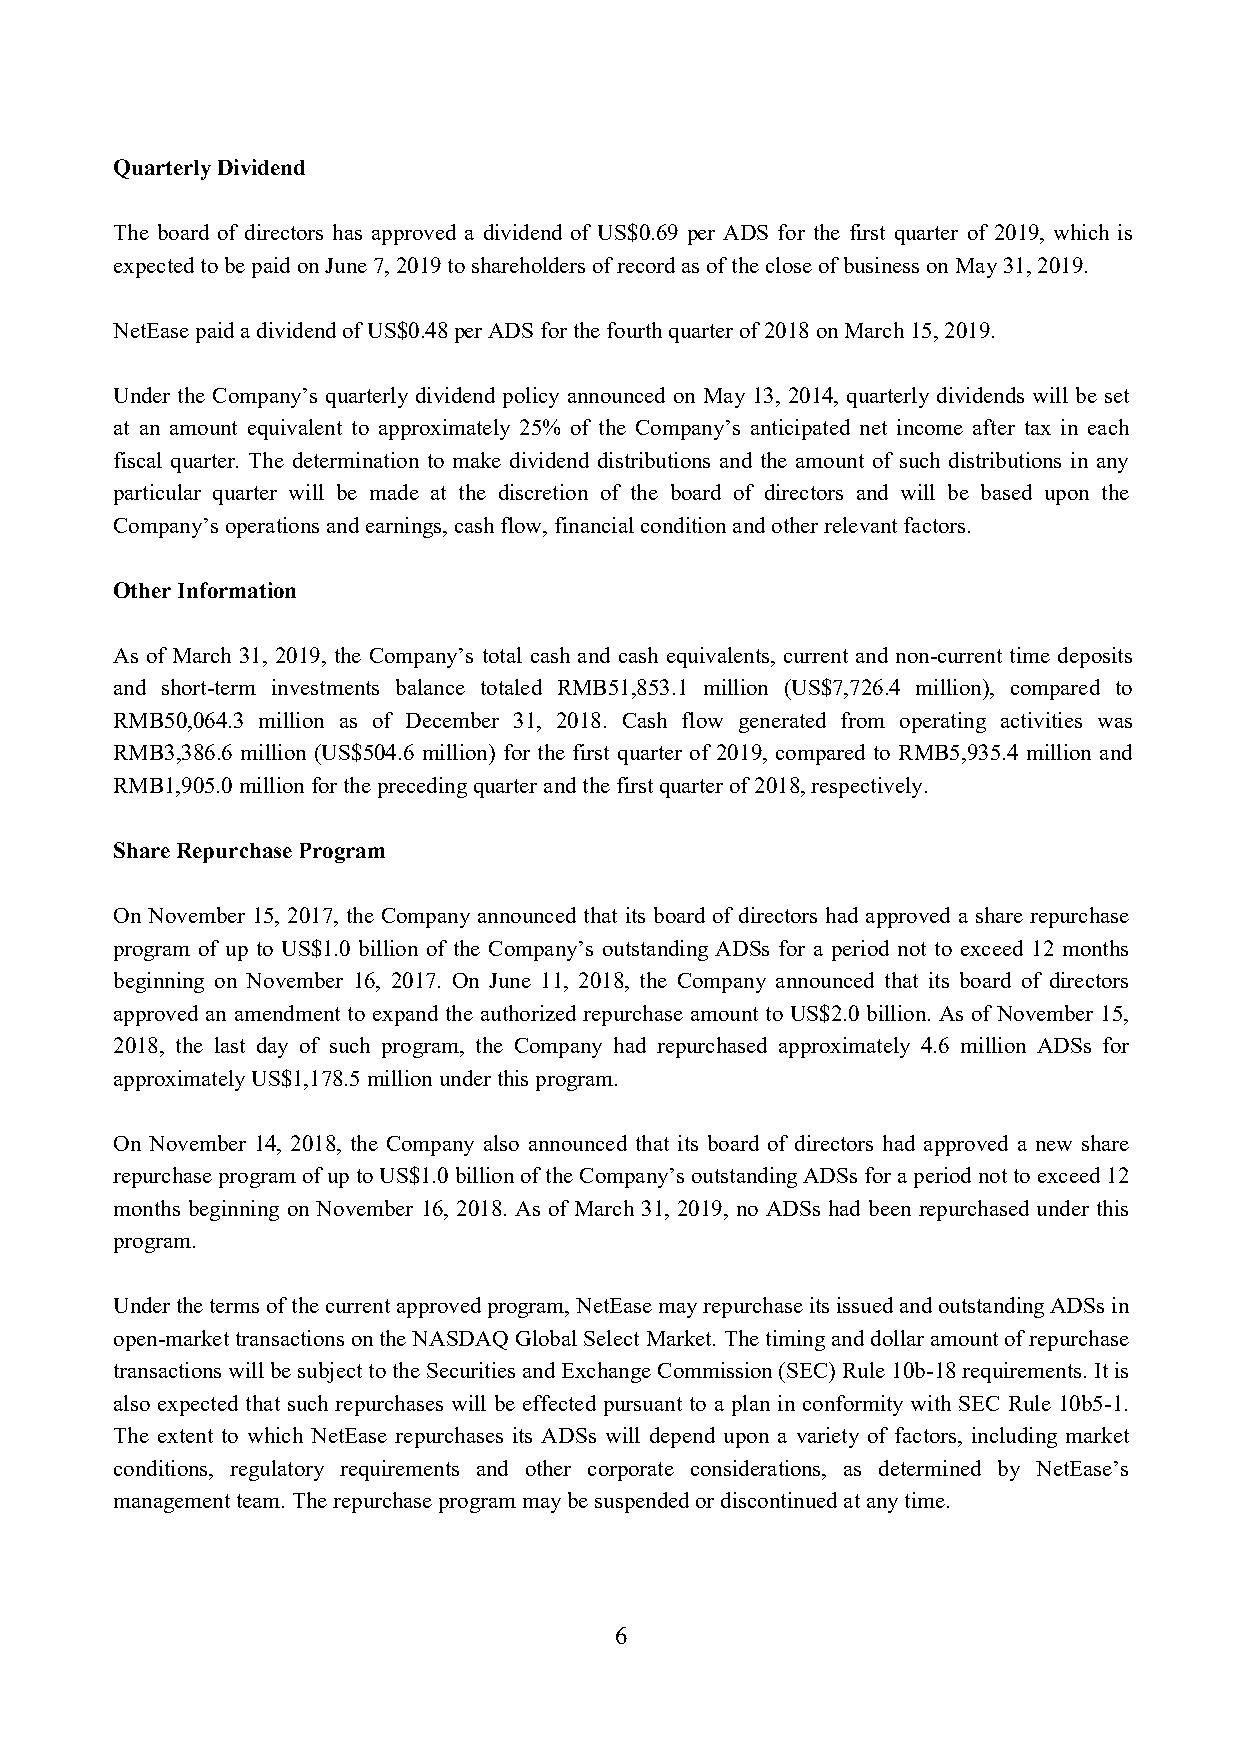
Quarterly Dividend
 The board of directors has approved a dividend of US$0.69 per ADS for the first quarter of 2019, which is
 expected to be paid on June 7, 2019 to shareholders of record as of the close of business on May 31, 2019.
 NetEase paid a dividend of US$0.48 per ADS for the fourth quarter of 2018 on March 15, 2019.
 Under the Company’s quarterly dividend policy announced on May 13, 2014, quarterly dividends will be set
 at an amount equivalent to approximately 25% of the Company’s anticipated net income after tax in each
 fiscal quarter. The determination to make dividend distributions and the amount of such distributions in any
 particular quarter will be made at the discretion of the board of directors and will be based upon the
 Company’s operations and earnings, cash flow, financial condition and other relevant factors.
 Other Information
 As of March 31, 2019, the Company’s total cash and cash equivalents, current and non-current time deposits
 and short-term investments balance totaled RMB51,853.1 million (US$7,726.4 million), compared to
 RMB50,064.3 million as of December 31, 2018. Cash flow generated from operating activities was
 RMB3,386.6 million (US$504.6 million) for the first quarter of 2019, compared to RMB5,935.4 million and
 RMB1,905.0 million for the preceding quarter and the first quarter of 2018, respectively.
 Share Repurchase Program
 On November 15, 2017, the Company announced that its board of directors had approved a share repurchase
 program of up to US$1.0 billion of the Company’s outstanding ADSs for a period not to exceed 12 months
 beginning on November 16, 2017. On June 11, 2018, the Company announced that its board of directors
 approved an amendment to expand the authorized repurchase amount to US$2.0 billion. As of November 15,
 2018, the last day of such program, the Company had repurchased approximately 4.6 million ADSs for
 approximately US$1,178.5 million under this program.
 On November 14, 2018, the Company also announced that its board of directors had approved a new share
 repurchase program of up to US$1.0 billion of the Company’s outstanding ADSs for a period not to exceed 12
 months beginning on November 16, 2018. As of March 31, 2019, no ADSs had been repurchased under this
 program.
 Under the terms of the current approved program, NetEase may repurchase its issued and outstanding ADSs in
 open-market transactions on the NASDAQ Global Select Market. The timing and dollar amount of repurchase
 transactions will be subject to the Securities and Exchange Commission (SEC) Rule 10b-18 requirements. It is
 also expected that such repurchases will be effected pursuant to a plan in conformity with SEC Rule 10b5-1.
 The extent to which NetEase repurchases its ADSs will depend upon a variety of factors, including market
 conditions, regulatory requirements and other corporate considerations, as determined by NetEase’s
 management team. The repurchase program may be suspended or discontinued at any time.
 6